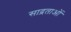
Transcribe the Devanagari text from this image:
साद्रताओं